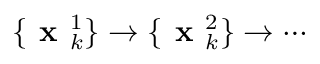
\{ \textbf { x } _ { k } ^ { 1 } \} \rightarrow \{ \textbf { x } _ { k } ^ { 2 } \} \rightarrow \cdots